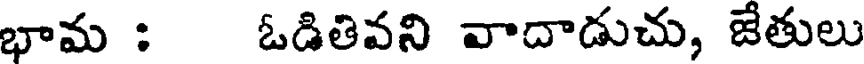
భామ : ఓడితివని వాదాడుచు, జేతులు